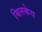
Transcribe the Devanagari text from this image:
बिलकेय